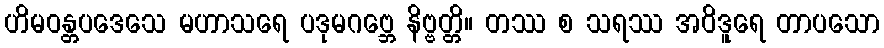
ဟိမဝန္တပဒေသေ မဟာသရေ ပဒုမဂဗ္ဘေ နိဗ္ဗတ္တိ။ တဿ စ သရဿ အဝိဒူရေ တာပသော